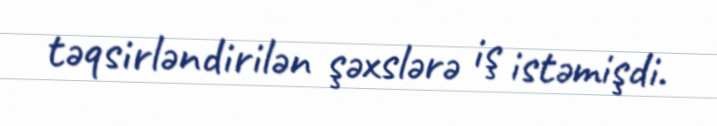
təqsirləndirilən şəxslərə iş istəmişdi.